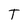
Character: T